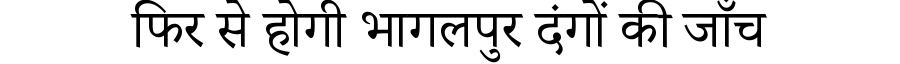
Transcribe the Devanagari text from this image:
फिर से होगी भागलपुर दंगों की जाँच